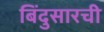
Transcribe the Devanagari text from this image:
बिंदुसारची